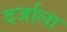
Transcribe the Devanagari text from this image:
दर्जाला